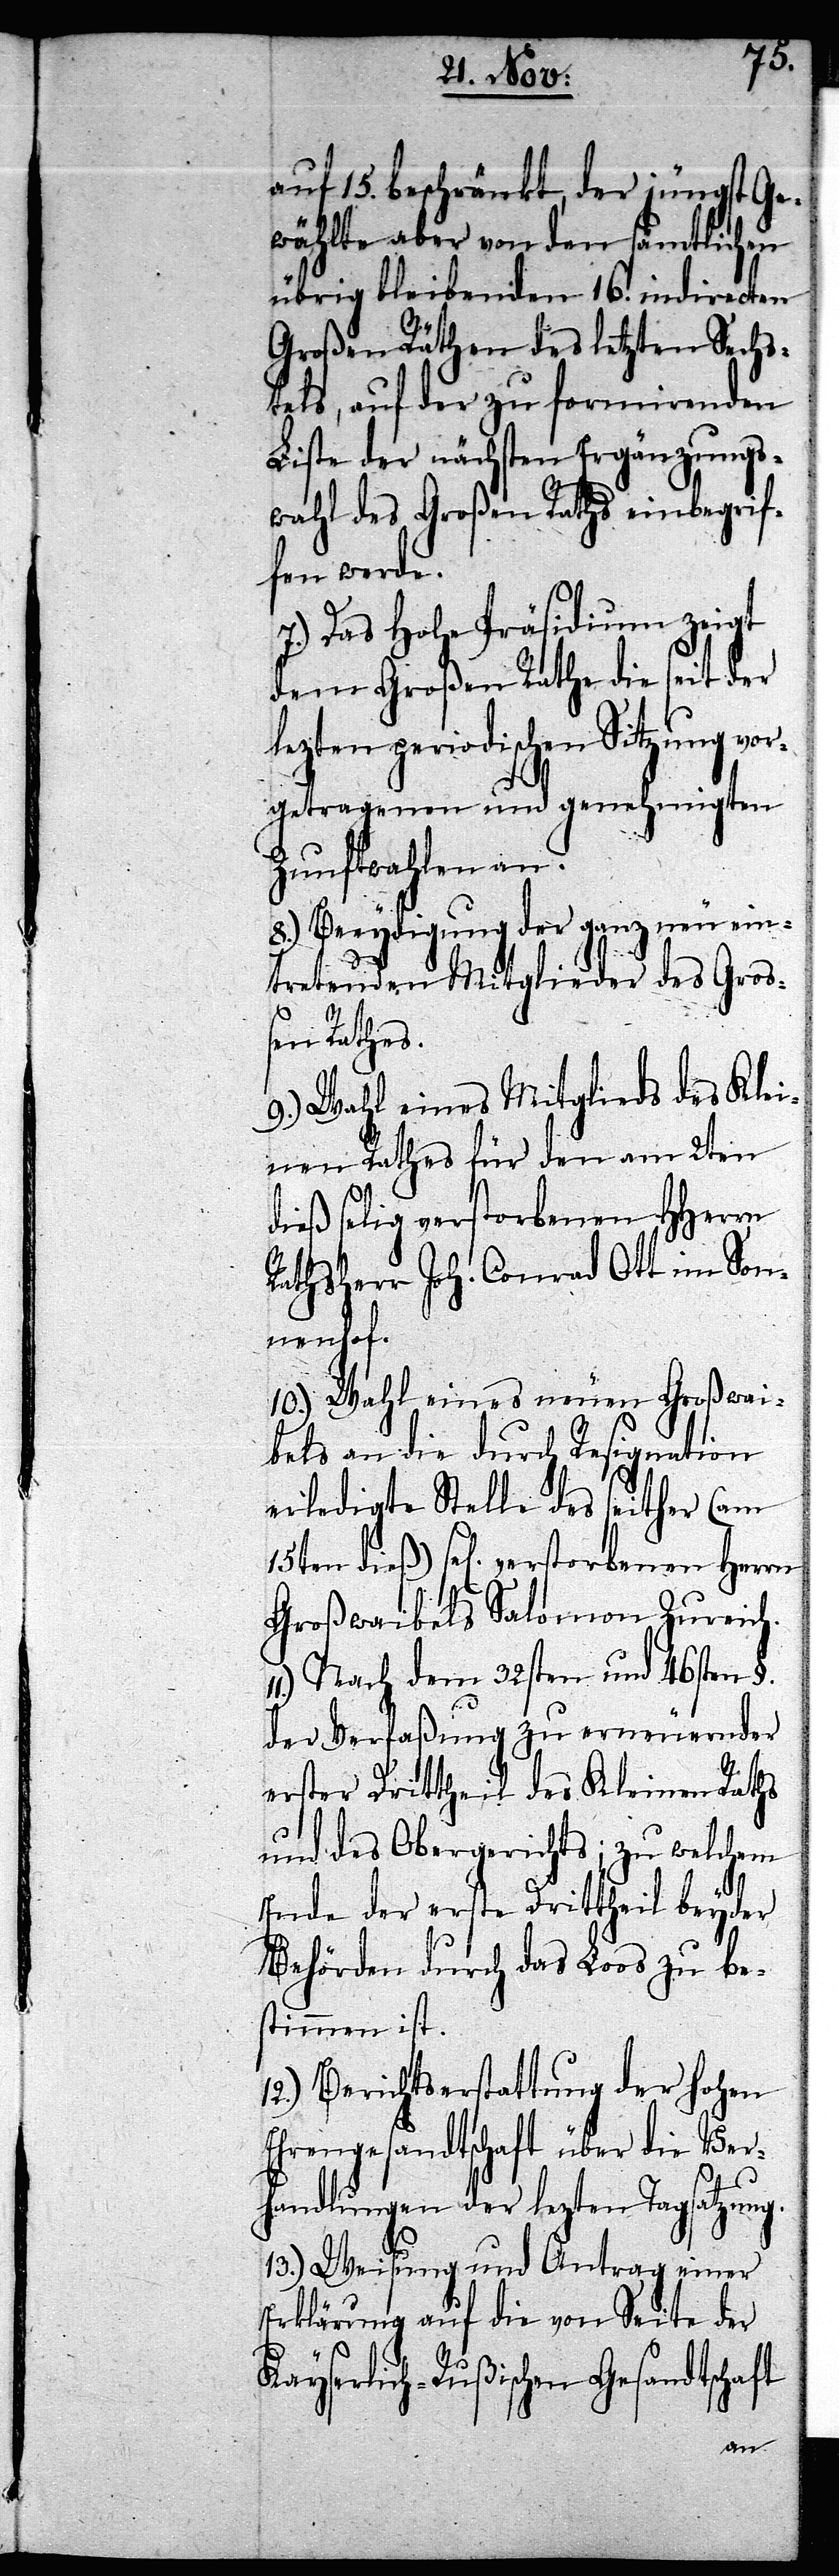
auf 15. beschränkt, der jüngst Ge¬
wählte aber von den sämtlichen
übrig bleibenden 16. indirecten
Großen Räthen des letzten Sechs¬
tels, auf der zu formirenden
Liste der nächsten Ergänzungs¬
wahl des Großen Raths einbegrif¬
fen werde.
7.) Das Hohe Präsidium zeigt
dem Großen Rathe die seit der
lezten periodischen Sitzung vor¬
getragenen und genehmigten
Zunftwahlen an.
8.) Beeydigung der ganz neu ein¬
tretenden Mitglieder des Groß¬
en Rathes.
9.) Wahl eines Mitglieds des Klei¬
nen Rathes für den am 2ten
dieß selig verstorbenen HHerrn
Rathsherr Joh. Conrad Ott im Son¬
nenhof.
10.) Wahl eines neuen Großwai¬
bels an die durch Resignation
erledigte Stelle des seither (am
15ten dieß) sel[igen] verstorbenen Herrn
Großwaibels Salomon Zureich.
Nach dem 32sten und 46sten §.
der Verfaßung zu erneuernder
erster Drittheil des Kleinen Raths
und des Obergerichts; zu welchem
Ende der erste Drittheil beyder
Behörden durch das Loos zu be¬
stimmen ist.
12.) Berichterstattung der Hohen
Ehrengesandtschaft über die Ver¬
handlungen der lezten Tagsatzung.
13.) Weisung und Antrag einer
Erklärung auf die von Seite der
Kayserlich-Rußischen Gesandtschaft